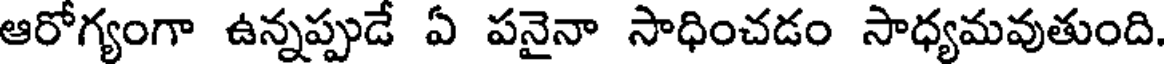
ఆరోగ్యంగా ఉన్నప్పుడే ఏ పనైనా సాధించడం సాధ్యమవుతుంది